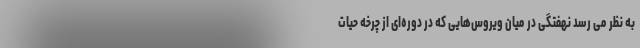
به نظر می رسد نهفتگی در میان ویروس‌هایی که در دوره‌ای از چرخه حیات